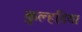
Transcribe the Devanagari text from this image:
कुल्हडि़या